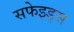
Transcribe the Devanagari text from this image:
सफेइड्स